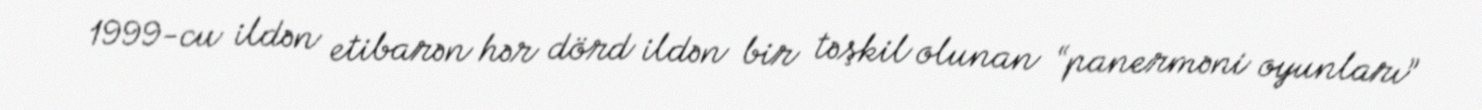
1999-cu ildən etibarən hər dörd ildən bir təşkil olunan “panerməni oyunları”